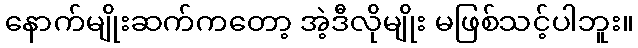
နောက်မျိုးဆက်ကတော့ အဲ့ဒီလိုမျိုး မဖြစ်သင့်ပါဘူး။